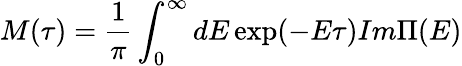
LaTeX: M(\tau)=\frac 1\pi\int_{0}^{\infty}dE\exp(-E\tau){Im}\Pi(E)